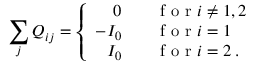
\sum _ { j } Q _ { i j } = \left\{ \begin{array} { r l } { 0 \quad } & { { } \mathrm { ~ f ~ o ~ r ~ } i \neq 1 , 2 } \\ { - I _ { 0 } \quad } & { { } \mathrm { ~ f ~ o ~ r ~ } i = 1 } \\ { I _ { 0 } \quad } & { { } \mathrm { ~ f ~ o ~ r ~ } i = 2 \; . } \end{array} \right.